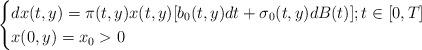
LaTeX: \begin{align*}\begin{cases}dx(t,y)=\pi(t,y)x(t,y)[b_0(t,y)dt+\sigma_0(t,y)dB(t)]; t\in[0, T]\\x(0,y)=x_0>0\end{cases}\end{align*}